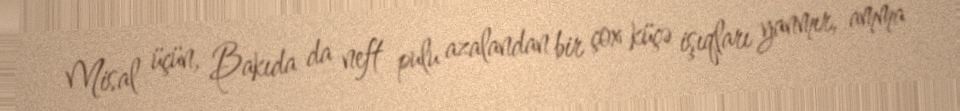
Misal üçün, Bakıda da neft pulu azalandan bir çox küçə işıqları yanmır, amma